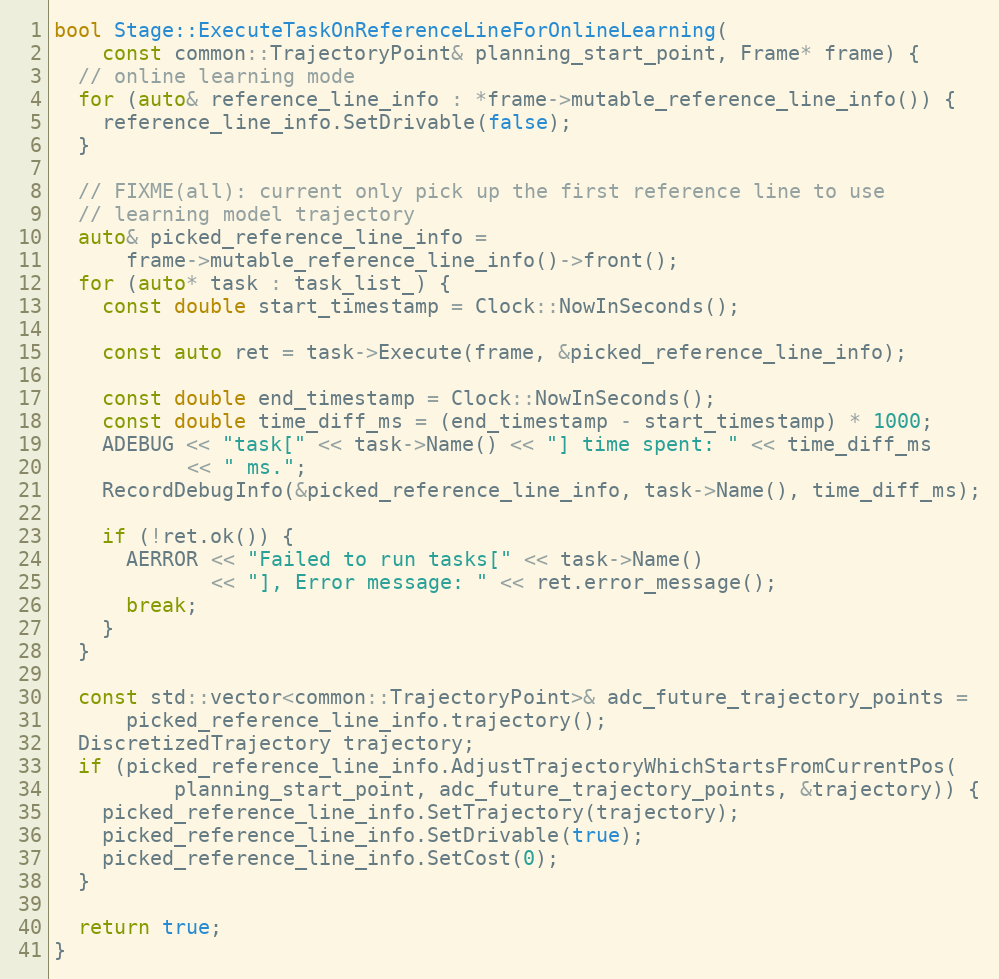
Language: C++
bool Stage::ExecuteTaskOnReferenceLineForOnlineLearning(
    const common::TrajectoryPoint& planning_start_point, Frame* frame) {
  // online learning mode
  for (auto& reference_line_info : *frame->mutable_reference_line_info()) {
    reference_line_info.SetDrivable(false);
  }

  // FIXME(all): current only pick up the first reference line to use
  // learning model trajectory
  auto& picked_reference_line_info =
      frame->mutable_reference_line_info()->front();
  for (auto* task : task_list_) {
    const double start_timestamp = Clock::NowInSeconds();

    const auto ret = task->Execute(frame, &picked_reference_line_info);

    const double end_timestamp = Clock::NowInSeconds();
    const double time_diff_ms = (end_timestamp - start_timestamp) * 1000;
    ADEBUG << "task[" << task->Name() << "] time spent: " << time_diff_ms
           << " ms.";
    RecordDebugInfo(&picked_reference_line_info, task->Name(), time_diff_ms);

    if (!ret.ok()) {
      AERROR << "Failed to run tasks[" << task->Name()
             << "], Error message: " << ret.error_message();
      break;
    }
  }

  const std::vector<common::TrajectoryPoint>& adc_future_trajectory_points =
      picked_reference_line_info.trajectory();
  DiscretizedTrajectory trajectory;
  if (picked_reference_line_info.AdjustTrajectoryWhichStartsFromCurrentPos(
          planning_start_point, adc_future_trajectory_points, &trajectory)) {
    picked_reference_line_info.SetTrajectory(trajectory);
    picked_reference_line_info.SetDrivable(true);
    picked_reference_line_info.SetCost(0);
  }

  return true;
}